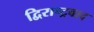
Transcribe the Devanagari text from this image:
द्विराष्ट्रवाद